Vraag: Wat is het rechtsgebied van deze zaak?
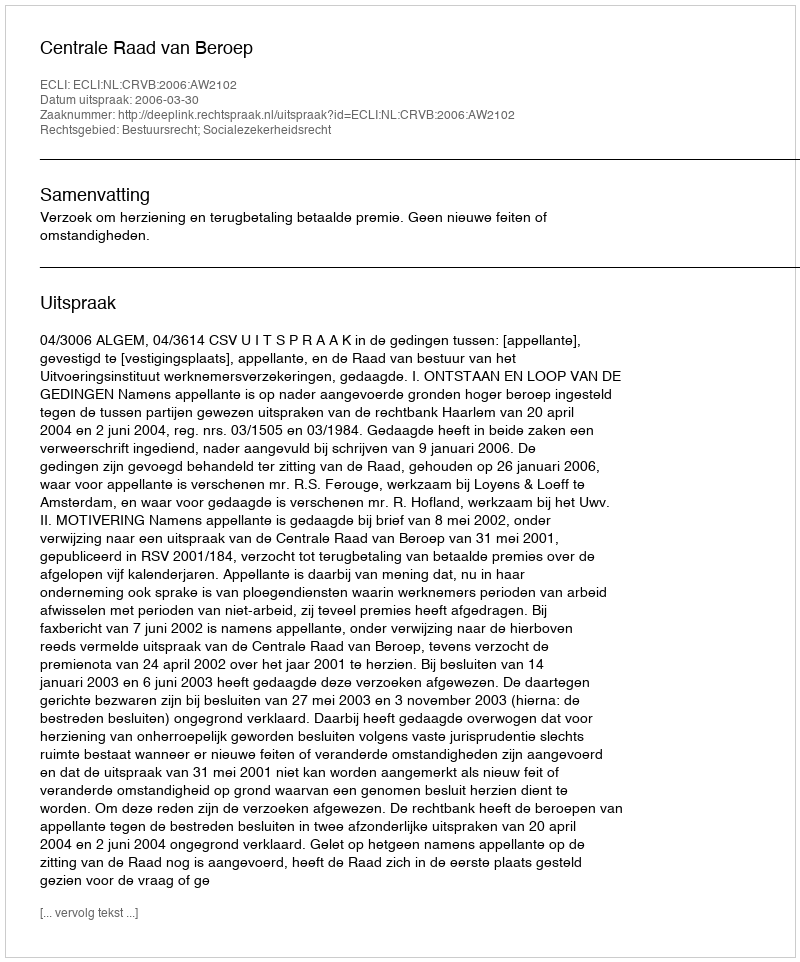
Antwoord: Bestuursrecht; Socialezekerheidsrecht